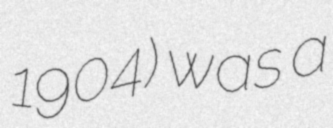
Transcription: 1904) was a